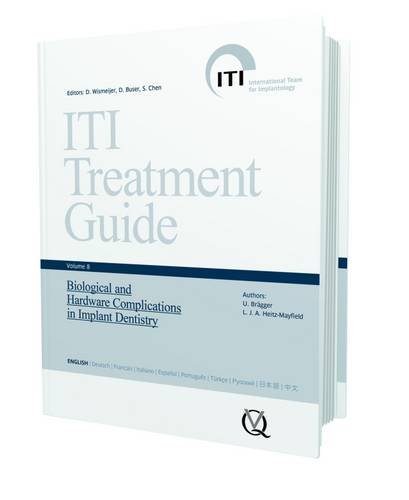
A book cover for ITI Treatment Guide, Volume 8: Biological and Hardware Complications in Implant Dentistry (Iti Treatment Guides); Daniel Wismeijer; Medical Books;